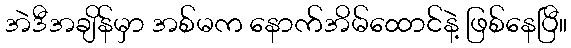
အဲဒီအချိန်မှာ အစ်မက နောက်အိမ်ထောင်နဲ့ ဖြစ်နေပြီ။